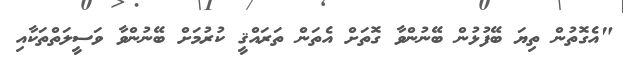
"އެގޮތުން ތިޔަ ބޭފުޅުން ބޭނުންވާ ގޮތަށް އެތަން ތަރައްޤީ ކުރުމަށް ބޭނުންވާ ވަސީލަތްތަކާއި